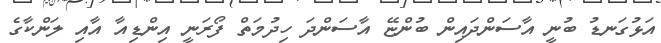
އަޅުގަނޑު ބުނީ އާސަންދައިން ބުންޏޭ އާސަންދަ ހިދުމަތް ފޯރަނީ އިންޑިއާ އާއި ލަންކާގެ